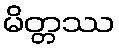
မိတ္တဿ